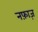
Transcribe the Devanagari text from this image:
नफ़ाज़